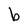
Character: b